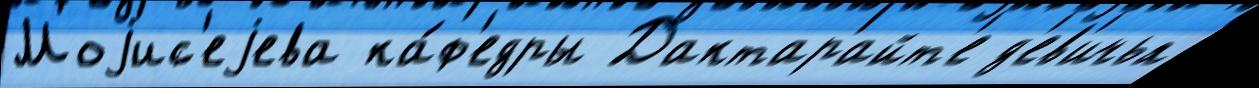
Моjис'еjева ка́ф'едры Дактарайт'е д'ев'ичья